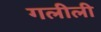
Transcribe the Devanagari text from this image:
गलीली